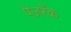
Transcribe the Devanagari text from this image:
पेजरॅँक